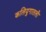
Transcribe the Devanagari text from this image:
कलियुगातली